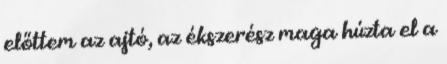
előttem az ajtó, az ékszerész maga húzta el a